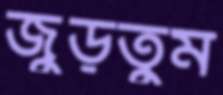
জুড়তুম